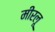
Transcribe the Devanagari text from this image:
मीरलू